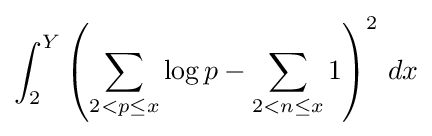
\int _{2}^{Y}\left(\sum _{2<p\leq x}\log p-\sum _{2<n\leq x}1\right)^{2}\,dx